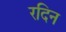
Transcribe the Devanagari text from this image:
रदिन